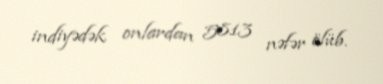
indiyədək onlardan 5813 nəfər ölüb.